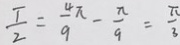
\frac { T } { 2 } = \frac { 4 \pi } { 9 } - \frac { \pi } { 9 } = \frac { \pi } { 3 }